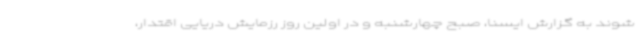
شوند به گزارش ایسنا، صبح چهارشنبه و در اولین روز رزمایش دریایی اقتدار،